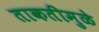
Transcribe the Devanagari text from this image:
ताकतीमुळे